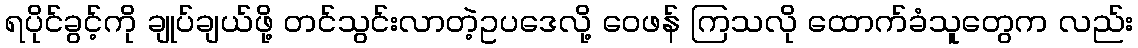
ရပိုင်ခွင့်ကို ချုပ်ချယ်ဖို့ တင်သွင်းလာတဲ့ဥပဒေလို့ ဝေဖန် ကြသလို ထောက်ခံသူတွေက လည်း